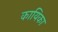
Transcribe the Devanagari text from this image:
कायिका